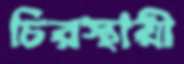
চিরস্থায়ী